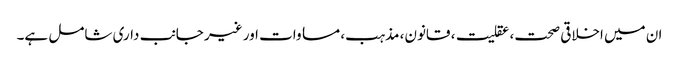
ان میں اخلاقی صحت، عقلیت، قانون، مذہب، مساوات اور غیر جانب داری شامل ہے۔